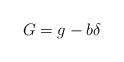
LaTeX: \begin{align*} G=g- b\delta\end{align*}